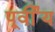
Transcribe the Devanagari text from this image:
पूर्वींय